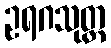
ဥရဂသုတ္တ